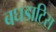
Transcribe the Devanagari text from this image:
बघडाटिस